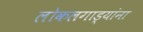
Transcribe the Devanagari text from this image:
लोकलगाड्यांना